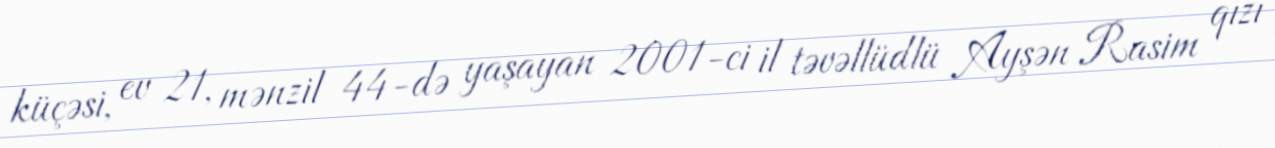
küçəsi, ev 21, mənzil 44-də yaşayan 2001-ci il təvəllüdlü Ayşən Rasim qızı